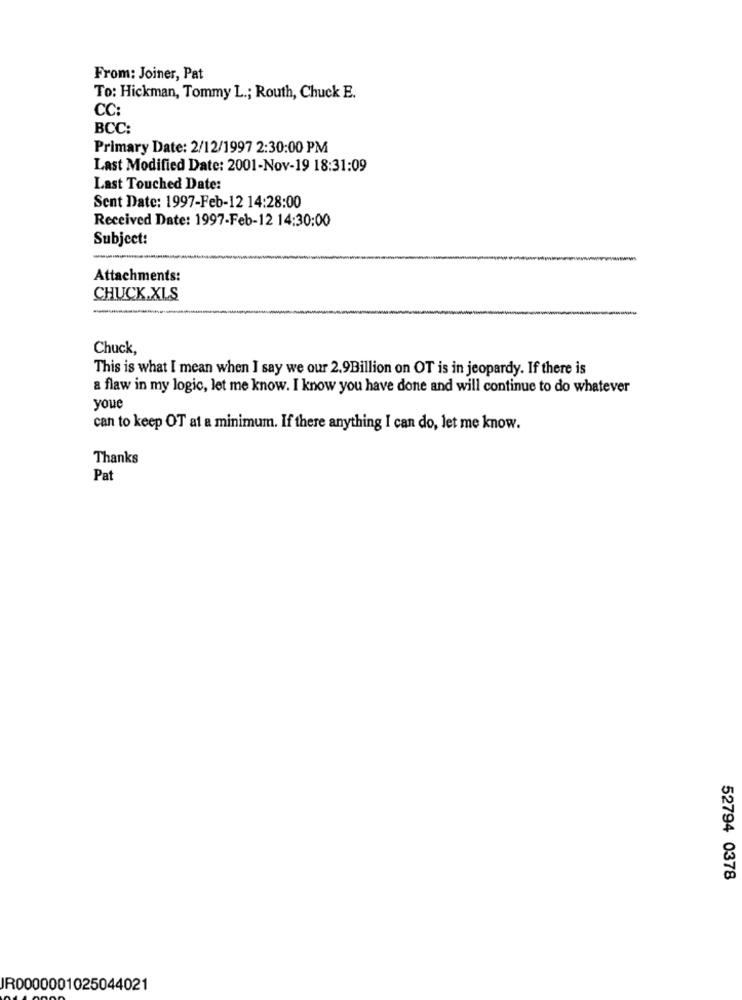
From: Joiner, Pat
To: Hickman, Tommy L .; Routh, Chuck E.
CC:
BCC:
Primary Date: 2/12/1997 2:30:00 PM
Last Modified Date: 2001-Nov-19 18:31:09
Last Touched Date:
Sent Date: 1997-Feb-12 14:28:00
Received Date: 1997-Feb-12 14:30:00
Subject:
Attachments:
CHUCK.XLS
-
Chuck,
This is what I mean when I say we our 2.9Billion on OT is in jeopardy. If there is
a flaw in my logic, let me know. I know you have done and will continue to do whatever
youe
can to keep OT at a minimum. If there anything I can do, let me know.
Thanks
Pat
52794 0378
JR0000001025044021